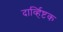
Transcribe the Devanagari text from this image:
दार्व्हिष्टक